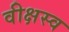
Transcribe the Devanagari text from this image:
वीक्षस्व